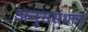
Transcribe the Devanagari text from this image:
अनुससंधान